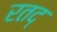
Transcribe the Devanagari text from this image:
रतद्